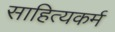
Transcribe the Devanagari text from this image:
साहित्यकर्म